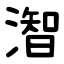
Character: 潪